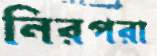
নিরপরা